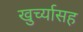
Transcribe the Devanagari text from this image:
खुर्च्यासह